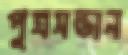
পুত্রসন্তান